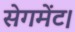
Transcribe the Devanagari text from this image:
सेगमेंट।